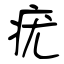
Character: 疣